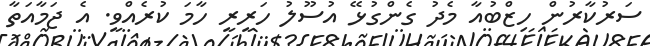
ސަރުކާރުން ހިޒްބުއާ މެދު ގެންގުޅޭ އުސޫލު ހަރީރީ ހާމަ ކުރެއްވީ. އެ ޖަމާއަތާ